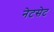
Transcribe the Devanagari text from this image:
नेटसेट